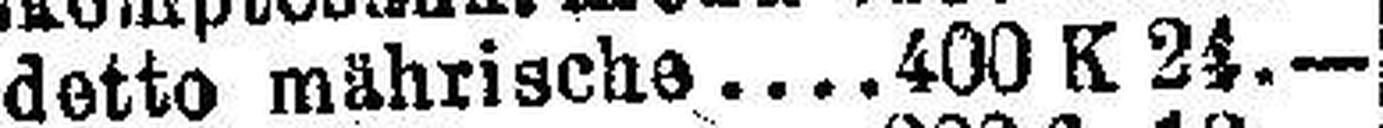
detto mährische. 400 K 24.—